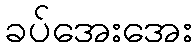
ခပ်အေးအေး